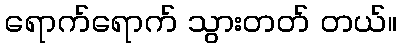
ရောက်ရောက် သွားတတ် တယ်။